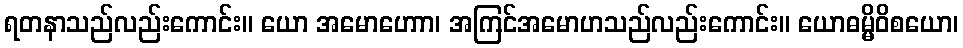
ရတနာသည်လည်းကောင်း။ ယော အမောဟောာ၊ အကြင်အမောဟသည်လည်းကောင်း။ ယောဓမ္မိဝိစယော၊